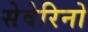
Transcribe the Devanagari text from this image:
सेवेरिनो